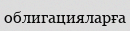
облигацияларға